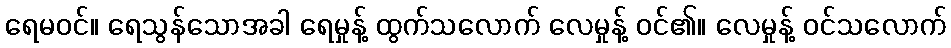
ရေမဝင်။ ရေသွန်သောအခါ ရေမှုန့် ထွက်သလောက် လေမှုန့် ဝင်၏။ လေမှုန့် ဝင်သလောက်